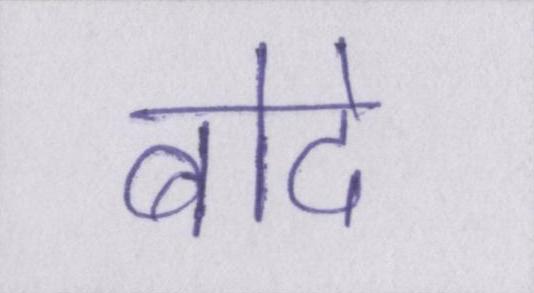
बोदे